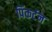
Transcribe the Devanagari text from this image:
पिंकर्टन